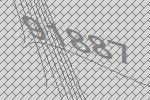
91887